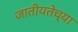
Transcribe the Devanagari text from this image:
जातीयतेच्या